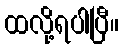
ထလို့ရပါပြီ။